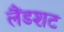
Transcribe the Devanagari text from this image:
लैंडशट